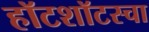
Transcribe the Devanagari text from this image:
हॉटशॉटस्चा